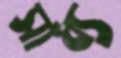
সাধ্য